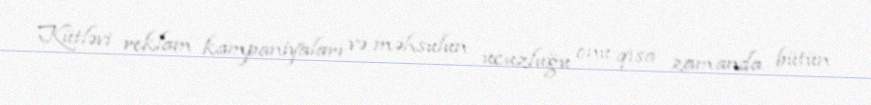
Kütləvi reklam kampaniyaları və məhsulun ucuzluğu onu qısa zamanda bütün